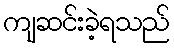
ကျဆင်းခဲ့ရသည်